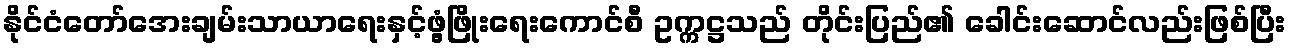
နိုင်ငံတော်အေးချမ်းသာယာရေးနှင့်ဖွံ့ဖြိုးရေးကောင်စီ ဥက္ကဋ္ဌသည် တိုင်းပြည်၏ ခေါင်းဆောင်လည်းဖြစ်ပြီး